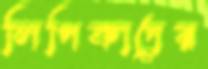
লিপিকাদের